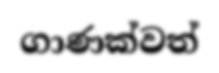
ගාණක්වත්